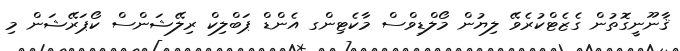
ޤާނޫނީގޮތުން ގެޒެޓްކުރެވޭ ލިޔުން މޯލްޑިވްސް މާކެޓިންގ އެންޑް ޕަބްލިކް ރިލޭޝަންސް ކޯޕަރޭޝަން މި